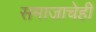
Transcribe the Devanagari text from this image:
समाजाचेही